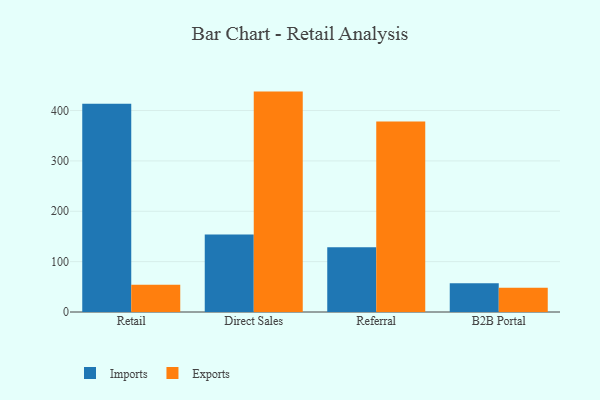
{"axis": {"x": "Channel", "y": "Humidity (%)"}, "legend": ["Exports", "Imports"], "data": [{"x": "Retail", "y": 413.3, "type": "Imports"}, {"x": "Retail", "y": 54.2, "type": "Exports"}, {"x": "Direct Sales", "y": 154.1, "type": "Imports"}, {"x": "Direct Sales", "y": 437.6, "type": "Exports"}, {"x": "Referral", "y": 128.4, "type": "Imports"}, {"x": "Referral", "y": 378.3, "type": "Exports"}, {"x": "B2B Portal", "y": 57.1, "type": "Imports"}, {"x": "B2B Portal", "y": 48.2, "type": "Exports"}]}